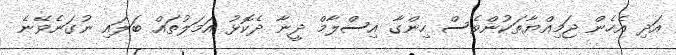
އަދި އެހެން ޖަމިއްޔާތަކުންވެސް ހިންގާ އިސްލާމް ދީނާ ދެކޮޅު އަމަލުތައް ބަލައި ނުގަނެވޭނެ